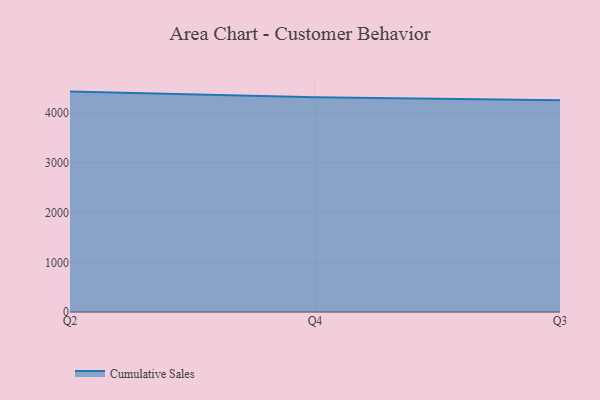
{"axis": {"x": "Quarter", "y": "Energy Usage (MWh)"}, "legend": ["Cumulative Sales"], "data": [{"x": "Q2", "y": 4436.7, "type": "Cumulative Sales"}, {"x": "Q4", "y": 4322.2, "type": "Cumulative Sales"}, {"x": "Q3", "y": 4263.7, "type": "Cumulative Sales"}]}